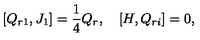
\lbrack { Q _ { r 1 } , J _ { 1 } } \rbrack = \frac { 1 } { 4 } Q _ { r } , \quad \lbrack { H , Q _ { r i } } \rbrack = 0 ,